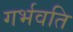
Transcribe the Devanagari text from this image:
गर्भवति